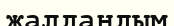
жалдандым